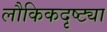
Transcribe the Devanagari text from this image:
लौकिकदृष्ट्या